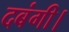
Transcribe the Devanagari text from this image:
दबंगी।